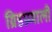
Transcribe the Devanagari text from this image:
ग्रिडप्रणाली